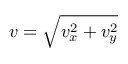
v = \sqrt { v _ { x } ^ { 2 } + v _ { y } ^ { 2 } }